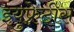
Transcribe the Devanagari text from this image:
इयुफ़्रेटीस